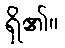
ရှိ၏။